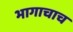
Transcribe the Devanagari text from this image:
भागाचाच